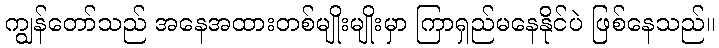
ကျွန်တော်သည် အနေအထားတစ်မျိုးမျိုးမှာ ကြာရှည်မနေနိုင်ပဲ ဖြစ်နေသည်။